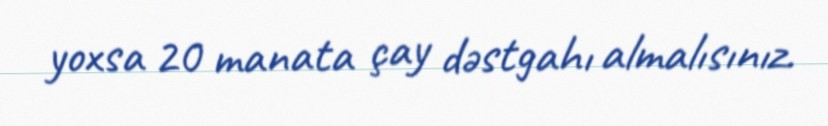
yoxsa 20 manata çay dəstgahı almalısınız.